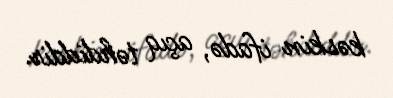
kəskin ifadə, açıq təhdiddir.